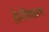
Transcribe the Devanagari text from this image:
है।नैमिषारण्य